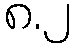
၈.၂